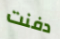
دفنت